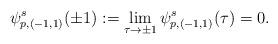
LaTeX: \begin{align*}\psi^s_{p,(-1,1)}(\pm 1):=\lim_{\tau\to \pm 1} \psi^s_{p,(-1,1)}(\tau)=0.\end{align*}